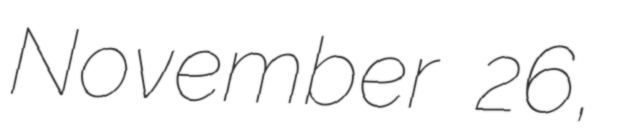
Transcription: November 26,